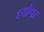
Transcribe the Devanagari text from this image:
श्यौपर